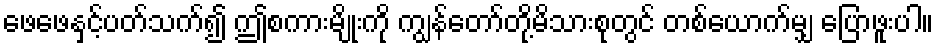
ဖေဖေနှင့်ပတ်သက်၍ ဤစကားမျိုးကို ကျွန်တော်တို့မိသားစုတွင် တစ်ယောက်မျှ ပြောဖူးပါ။